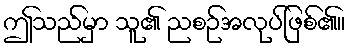
ဤသည်မှာ သူ၏ ညစဉ်အလုပ်ဖြစ်၏။